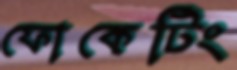
ফোকেটিং